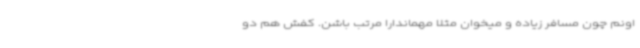
اونم چون مسافر زیاده و میخوان مثلا مهماندارا مرتب باشن. کفش هم دو